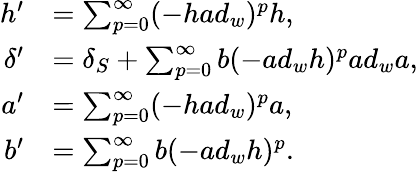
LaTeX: \begin{array}{rl}{h^{\prime}}&{=\sum_{p=0}^{\infty}(-had_{w})^{p}h,}\\ {\delta^{\prime}}&{=\delta_{S}+\sum_{p=0}^{\infty}b(-ad_{w}h)^{p}ad_{w}a,}\\ {a^{\prime}}&{=\sum_{p=0}^{\infty}(-had_{w})^{p}a,}\\ {b^{\prime}}&{=\sum_{p=0}^{\infty}b(-ad_{w}h)^{p}.}\end{array}